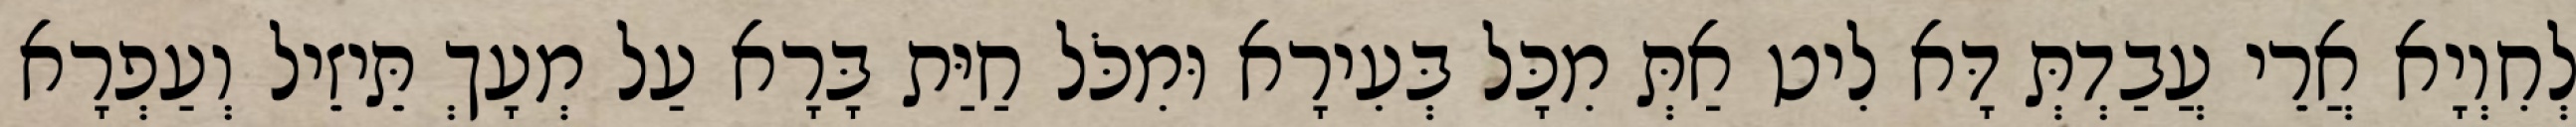
לְחִוְיָא אֲרֵי עֲבַדְתְּ דָּא לִיט אַתְּ מִכָּל בְּעִירָא וּמִכֹּל חַיַּת בָּרָא עַל מְעָךְ תֵּיזֵיל וְעַפְרָא